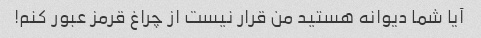
آیا شما دیوانه هستید من قرار نیست از چراغ قرمز عبور کنم!